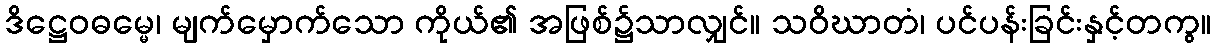
ဒိဋ္ဌေဝဓမ္မေ၊ မျက်မှောက်သော ကိုယ်၏ အဖြစ်၌သာလျှင်။ သဝိဃာတံ၊ ပင်ပန်းခြင်းနှင့်တကွ။